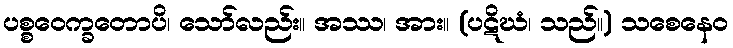
ပစ္စဝေက္ခတောပိ၊ သော်လည်း။ အဿ၊ အား။ (ပဋိဃံ၊ သည်။) သစေနေဝ